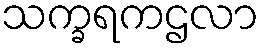
သက္ခရကဌလာ